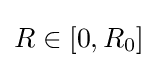
R\in [0,R_{0}]